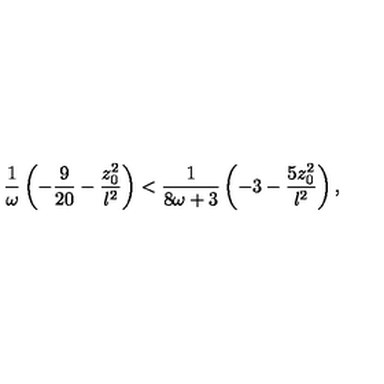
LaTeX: { \frac { 1 } { \omega } } \left( - { \frac { 9 } { 2 0 } } - { \frac { z _ { 0 } ^ { 2 } } { l ^ { 2 } } } \right) < { \frac { 1 } { 8 \omega + 3 } } \left( - 3 - { \frac { 5 z _ { 0 } ^ { 2 } } { l ^ { 2 } } } \right) ,